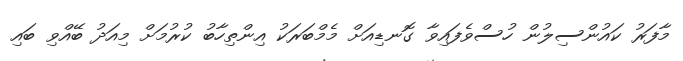
މާފަރު ކައުންސިލުން ހުސްވެފައިވާ ގޮނޑިއަށް މެމްބަރަކު އިންތިހާބު ކުރުމަށް މިއަދު ބޭއްވި ބައި